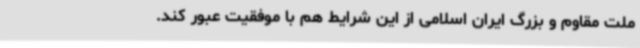
ملت مقاوم و بزرگ ایران اسلامی از این شرایط هم با موفقیت عبور کند.